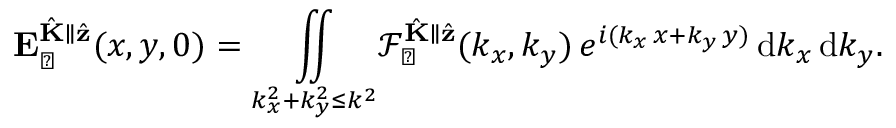
\mathbf { E } _ { \perp } ^ { \hat { \mathbf { K } } \parallel \hat { \mathbf { z } } } ( x , y , 0 ) = \underset { k _ { x } ^ { 2 } + k _ { y } ^ { 2 } \leq k ^ { 2 } } { \iint } \mathcal { F } _ { \perp } ^ { \hat { \mathbf { K } } \parallel \hat { \mathbf { z } } } ( k _ { x } , k _ { y } ) \, e ^ { i ( k _ { x } \, x + k _ { y } \, y ) } \, \mathrm { d } k _ { x } \, \mathrm { d } k _ { y } .